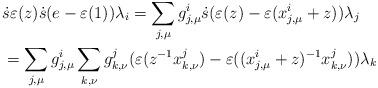
LaTeX: \begin{align*} &\ \dot{s}\varepsilon(z)\dot{s}(e-\varepsilon(1))\lambda_i = \sum_{j,\mu} g^i_{j,\mu} \dot{s} (\varepsilon(z)-\varepsilon(x^i_{j,\mu}+z))\lambda_j \\ &\ = \sum_{j,\mu} g^i_{j,\mu} \sum_{k,\nu} g^j_{k,\nu} (\varepsilon(z^{-1} x^j_{k,\nu})- \varepsilon((x^i_{j,\mu}+z)^{-1} x^j_{k,\nu})) \lambda_k\end{align*}